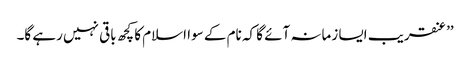
’’عنقریب ایسا زمانہ آئے گا کہ نام کے سوا اسلام کا کچھ باقی نہیں رہے گا۔